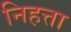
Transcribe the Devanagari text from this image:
निहत्ता